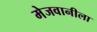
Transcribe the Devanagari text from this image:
मेजवानीला